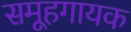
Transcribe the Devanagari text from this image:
समूहगायक